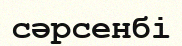
сәрсенбі